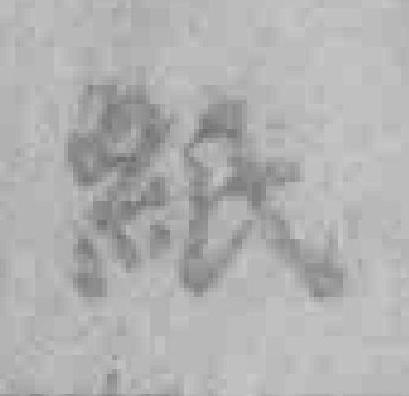
紙